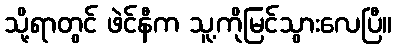
သို့ရာတွင် ဖဲင်နီက သူ့ကိုမြင်သွားလေပြီ။